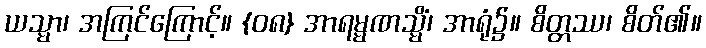
ယသ္မာ၊ အကြင်ကြောင့်။ {၀၈} အာရမ္မဏသ္မိံ၊ အာရုံ၌။ စိတ္တဿ၊ စိတ်၏။